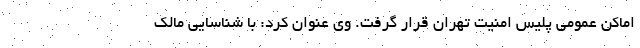
اماکن عمومی پلیس امنیت تهران قرار گرفت. وی عنوان کرد: با شناسایی مالک